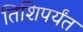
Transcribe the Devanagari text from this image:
तिशिपर्यंत